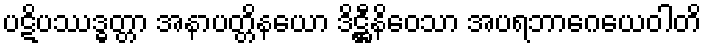
ပဋိပဿဒ္ဓတ္တာ အနာပတ္တိနယော ဒိဋ္ဌီနိဝေသာ အပရဘာဂေယေဝါတိ